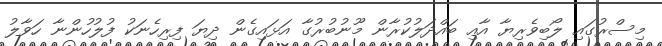
މިސްރުގައި ލޯބިވެރިޔާ އާއި ބައްދަލުކުރާން މޫނުބުރުގާ އަޅައިގެން ދިޔަ ފިރިހެނަކު ފުލުހުންނާ ހަވާލު